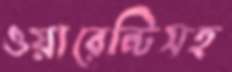
ওয়ারেন্টিসহ